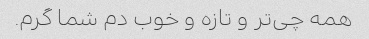
همه چی‌تر و تازه و خوب دم شما گرم.